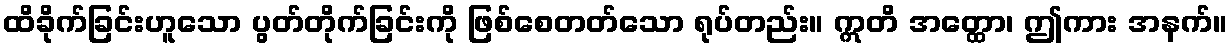
ထိခိုက်ခြင်းဟူသော ပွတ်တိုက်ခြင်းကို ဖြစ်စေတတ်သော ရုပ်တည်း။ ဣတိ အတ္ထော၊ ဤကား အနက်။